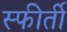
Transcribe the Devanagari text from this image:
स्फीर्ती